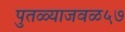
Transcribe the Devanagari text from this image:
पुतळ्याजवळ५७